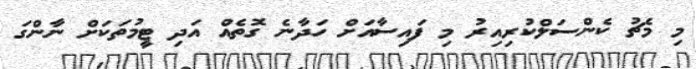
މި މެޗު ކެންސަލްކުރިއިރު މި ފައިސާއަށް ހަދާނެ ގޮތެއް އަދި ޓީމުތަކަށް ނާންގަ